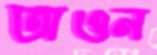
অওন